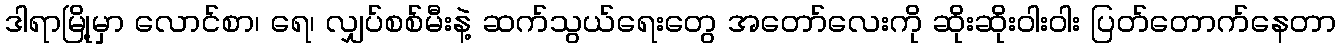
ဒါရာမြို့မှာ လောင်စာ၊ ရေ၊ လျှပ်စစ်မီးနဲ့ ဆက်သွယ်ရေးတွေ အတော်လေးကို ဆိုးဆိုးဝါးဝါး ပြတ်တောက်နေတာ